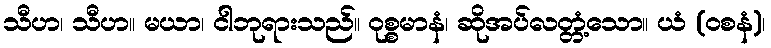
သီဟ၊ သီဟ။ မယာ၊ ငါဘုရားသည်။ ဝုစ္စမာနံ၊ ဆိုအပ်လတ္တံ့သော။ ယံ (ဝစနံ)၊